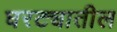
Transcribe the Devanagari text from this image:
घरट्यातील